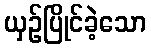
ယှဉ်ပြိုင်ခဲ့သော